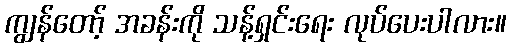
ကျွန်တော့် အခန်းကို သန့်ရှင်းရေး လုပ်ပေးပါလား။